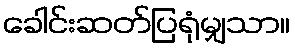
ခေါင်းဆတ်ပြရုံမျှသာ။